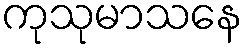
ကုသုမာသနေ